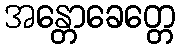
အန္တောခေတ္တေ